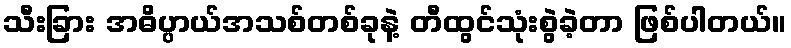
သီးခြား အဓိပ္ပာယ်အသစ်တစ်ခုနဲ့ တီထွင်သုံးစွဲခဲ့တာ ဖြစ်ပါတယ်။